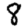
Digit: 8